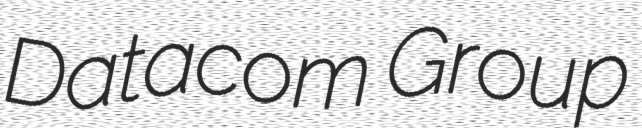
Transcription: Datacom Group